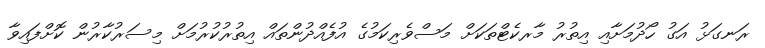
ރަނގަޅު އަގު ހޯދުމަށާއި އިތުރު މާރކެޓްތަކަށް މަސްވެރިކަމުގެ އުފެއްދުންތައް އިތުރުކުރުމަށް މިސަރުކާރުން ކޮށްފައިވާ